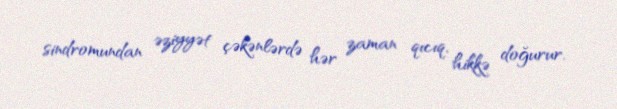
sindromundan əziyyət çəkənlərdə hər zaman qıcıq, hikkə doğurur.